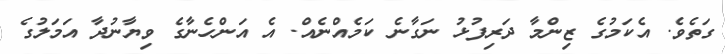
ގަތެވެ. އެކަމުގެ ޒިންމާ ދަރިފުޅު ނަގާނެ ކަމެއްނެއް. އެ އަންހެނާގެ ވިޔާނުދާ އަމަލުގެ